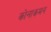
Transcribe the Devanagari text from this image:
कोनाकमन